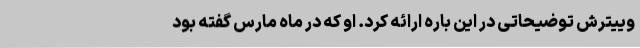
وییترش توضیحاتی در این باره ارائه کرد. او که در ماه مارس گفته بود